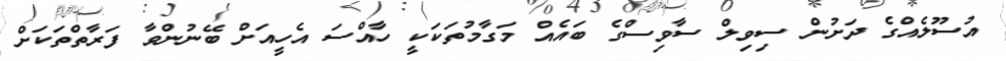
އުސޫލެއްގެ ދަށުން ސިވިލް ސާވިސްގެ ބައެއް މަގާމުތަކަކީ ހާއްސަ އެހީއަށް ބޭނުންވާ ފަރާތްތަކަށް